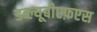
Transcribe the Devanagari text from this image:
डब्ल्यूबीएफ़एस